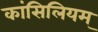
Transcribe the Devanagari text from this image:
कांसिलियम्